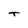
Character: T